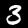
Digit: 3